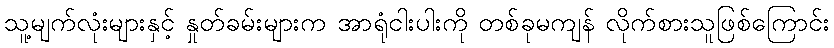
သူ့မျက်လုံးများနှင့် နှုတ်ခမ်းများက အာရုံငါးပါးကို တစ်ခုမကျန် လိုက်စားသူဖြစ်ကြောင်း